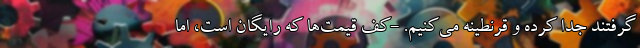
گرفتند جدا کرده و قرنطینه می‌کنیم. -کف قیمت‌ها که رایگان است، ‌اما